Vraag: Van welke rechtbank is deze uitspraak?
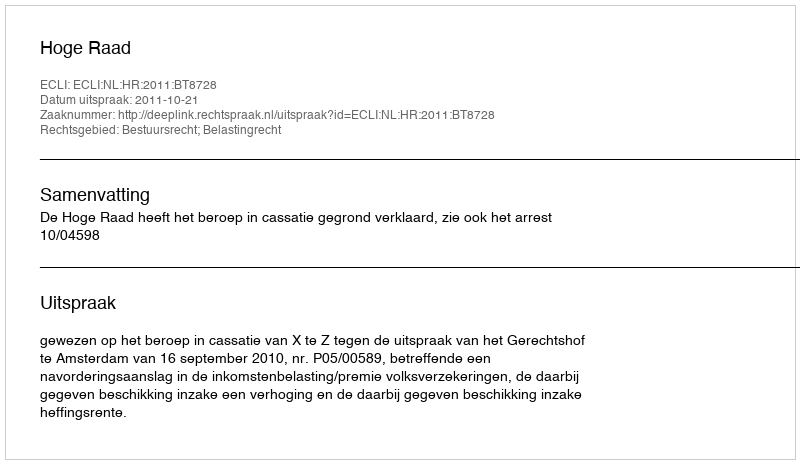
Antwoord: Hoge Raad